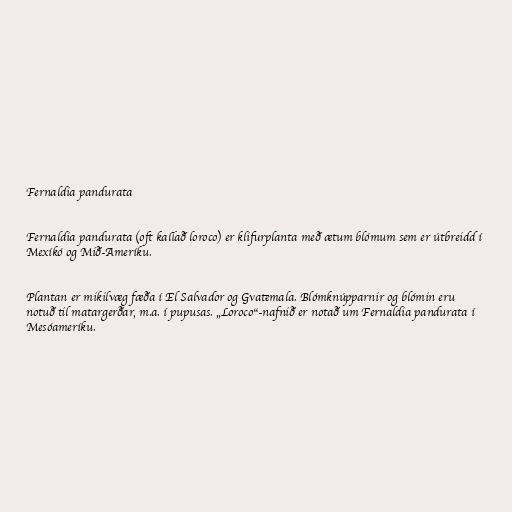
Fernaldia pandurata

Fernaldia pandurata (oft kallað loroco) er klifurplanta með ætum blómum sem er útbreidd í
Mexíkó og Mið-Ameríku.

Plantan er mikilvæg fæða í El Salvador og Gvatemala. Blómknúpparnir og blómin eru
notuð til matargerðar, m.a. í pupusas. „Loroco“-nafnið er notað um Fernaldia pandurata í
Mesóameríku.